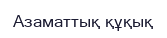
Азаматтық құқық